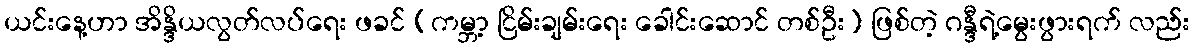
ယင်းနေ့ဟာ အိန္ဒိယလွတ်လပ်ရေး ဖခင် (ကမ္ဘာ့ ငြိမ်းချမ်းရေး ခေါင်းဆောင် တစ်ဦး) ဖြစ်တဲ့ ဂန္ဒီရဲ့မွေးဖွားရက် လည်း